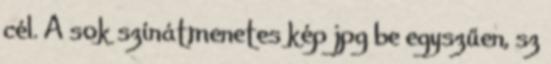
cél. A sok színátmenetes kép jpg be egyszűen, sz